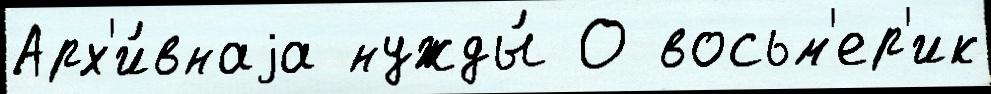
Арх'и́внаjа нужды́ О восьм'ер'ик